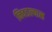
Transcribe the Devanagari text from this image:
निवडल्यास